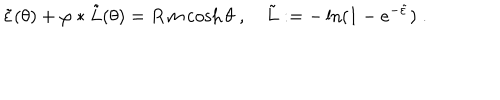
\tilde { \varepsilon } ( \theta ) + \varphi \ast \tilde { L } ( \theta ) = R \, m \cosh \theta \; , \quad \tilde { L } : = - \ln ( 1 - e ^ { - \tilde { \varepsilon } } ) \; .